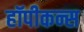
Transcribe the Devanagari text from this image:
हॉपीकन्स